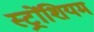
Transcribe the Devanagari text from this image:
स्ट्रोंशियम